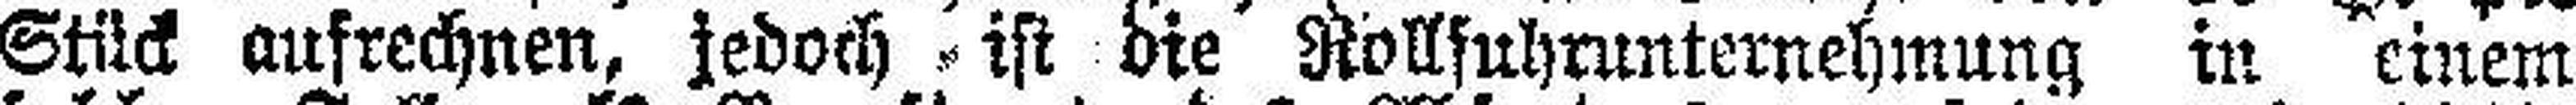
Stück aufrechnen, jedoch ist die Rollfuhrunternehmung in einem